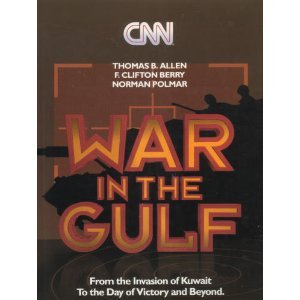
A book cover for Cnn: War in the Gulf/from the Invasion of Kuwait to the Day of Victory and Beyond; Thomas B. Allen; History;